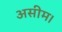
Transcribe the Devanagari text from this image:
असीम।